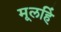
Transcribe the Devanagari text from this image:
मूलहिं